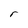
Character: r